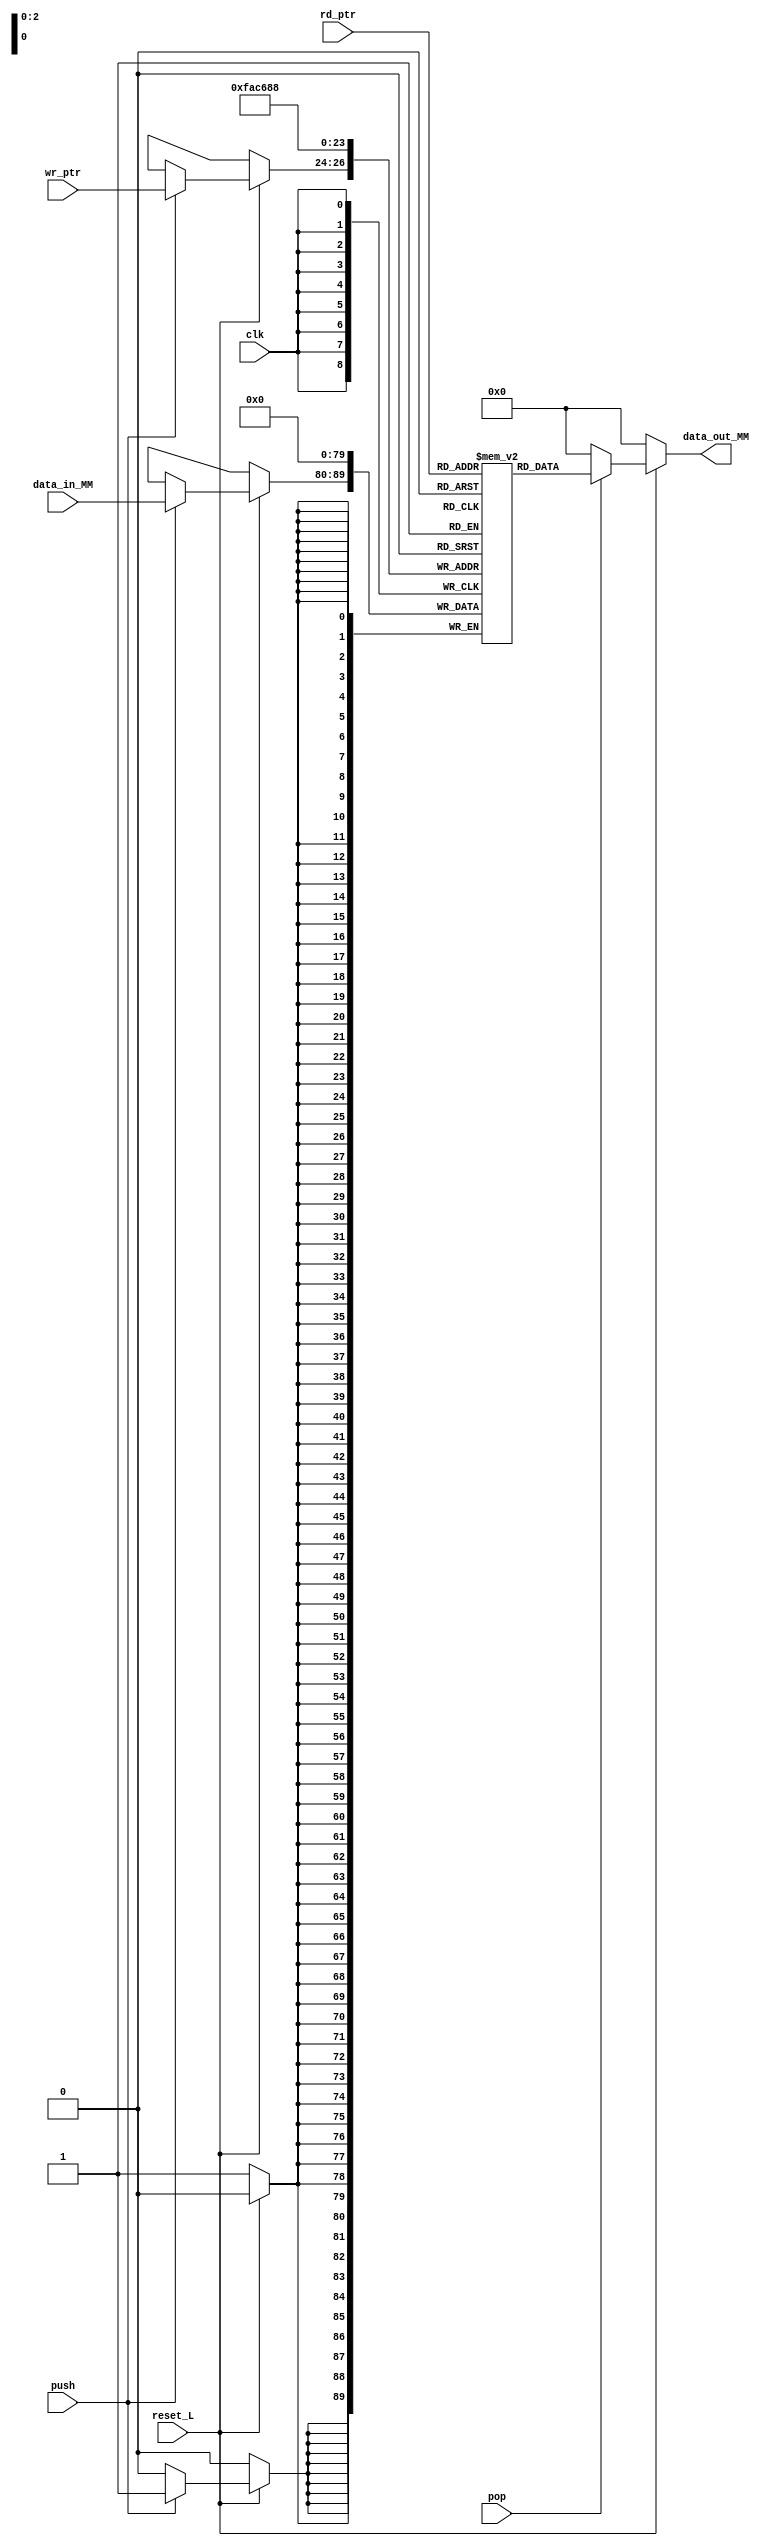
module memory #(
    parameter MEM_SIZE = 8,       //Tamano de memoria (Cantidad de entradas)
    parameter WORD_SIZE = 10,    //Cantidad de bits
    parameter PTR_L = 3          //Longitud de bits para el puntero
)        
(
    input [PTR_L-1:0] rd_ptr,
    input [PTR_L-1:0] wr_ptr,
    input [WORD_SIZE-1:0] data_in_MM,
    input push,
    input pop,
    input reset_L,
    input clk,
    output reg [WORD_SIZE-1:0] data_out_MM
);

    reg [WORD_SIZE-1:0] Mem [MEM_SIZE-1:0];        //Celda de memoria              
    integer i;

    always @(posedge clk)begin
        if(!reset_L)begin 
            for(i = 0; i < MEM_SIZE; i = i + 1) begin
                Mem[i] <= 0;
            end
        end    
        else begin
            if(push) begin
                Mem[wr_ptr] <= data_in_MM;
            end    
        end   
    end
    
    always @(*)begin
        if (!reset_L)begin
            data_out_MM <= 0;
        end else begin 
            if(pop) begin
                data_out_MM <= Mem[rd_ptr];
            end

            else begin
                data_out_MM <= 0; 
            end
        end
    end

endmodule